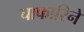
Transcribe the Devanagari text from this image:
चाफारिने